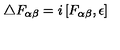
\bigtriangleup F _ { \alpha \beta } = i \left[ F _ { \alpha \beta } , \epsilon \right]